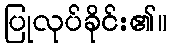
ပြုလုပ်ခိုင်း၏။